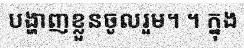
បង្ហាញខ្លួនចូលរួម។ ។ ក្នុង